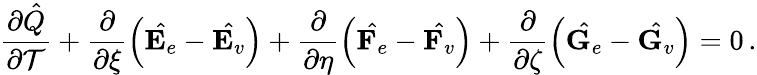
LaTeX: \frac{\partial\hat{Q}}{\partial\mathcal{T}}+\frac{\partial}{\partial\xi}\left(\hat{\mathbf{E}_{e}}-\hat{\mathbf{E}_{v}}\right)+\frac{\partial}{\partial\eta}\left(\hat{\mathbf{F}_{e}}-\hat{\mathbf{F}_{v}}\right)+\frac{\partial}{\partial\zeta}\left(\hat{\mathbf{G}_{e}}-\hat{\mathbf{G}_{v}}\right)=0\, \mathrm{.}